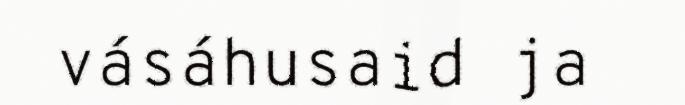
vásáhusaid ja